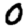
Digit: 0